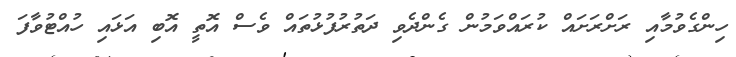
ހިންގެވުމާއި ރަށްރަށައް ކުރައްވަމުން ގެންދެވި ދަތުރުފުޅުތައް ވެސް އޮތީ އޮބި އަޅައި ހުއްޓުވާފަ